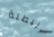
البطلة